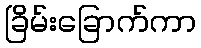
ခြိမ်းခြောက်ကာ